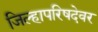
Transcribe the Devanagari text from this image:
जिल्हापरिषदेवर